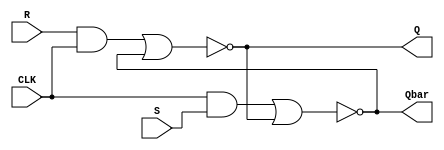
`timescale 1ns / 1ps
//////////////////////////////////////////////////////////////////////////////////
// Company: 
// Engineer: 
// 
// Design Name: 
// Module Name: sr_flipflop
// Project Name: 
// Target Devices: 
// Tool Versions: 
// Description: 
// 
// Dependencies: 
// 
// Revision:
// Revision 0.01 - File Created
// Additional Comments:
// 
//////////////////////////////////////////////////////////////////////////////////


module sr_flipflop(input CLK,input S,input R,output Q,output Qbar);
    wire w1, w2;
    and #1 NA1(w1, R, CLK);
    and #1 NA2(w2, CLK, S);
    nor #1 NO1(Q, w1, Qbar);
    nor #1 NO2(Qbar, w2, Q);
endmodule